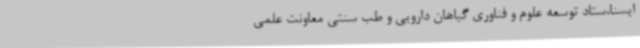
ایسنا،ستاد توسعه علوم و فناوری گیاهان دارویی و طب سنتی معاونت علمی